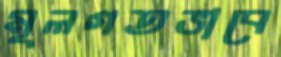
মূলগতভাবে